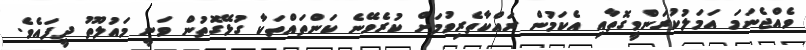
ވެއްޖެނަމަ އަމަލުކުރަންވީގޮތާއި އެކަމުން ރައްކާތެރިވުމަށް ކުރެވޭނެ ކަންތައްތަކާ ގުޅޭގޮތުން ވަނީ މައުލޫތު ދީފައެވެ.